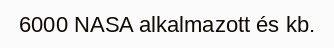
6000 NASA alkalmazott és kb.